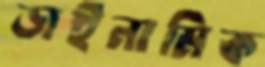
ডাইনামিক